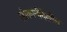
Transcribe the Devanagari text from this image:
लोकांनीदेखील